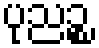
ပုညဉ္စ